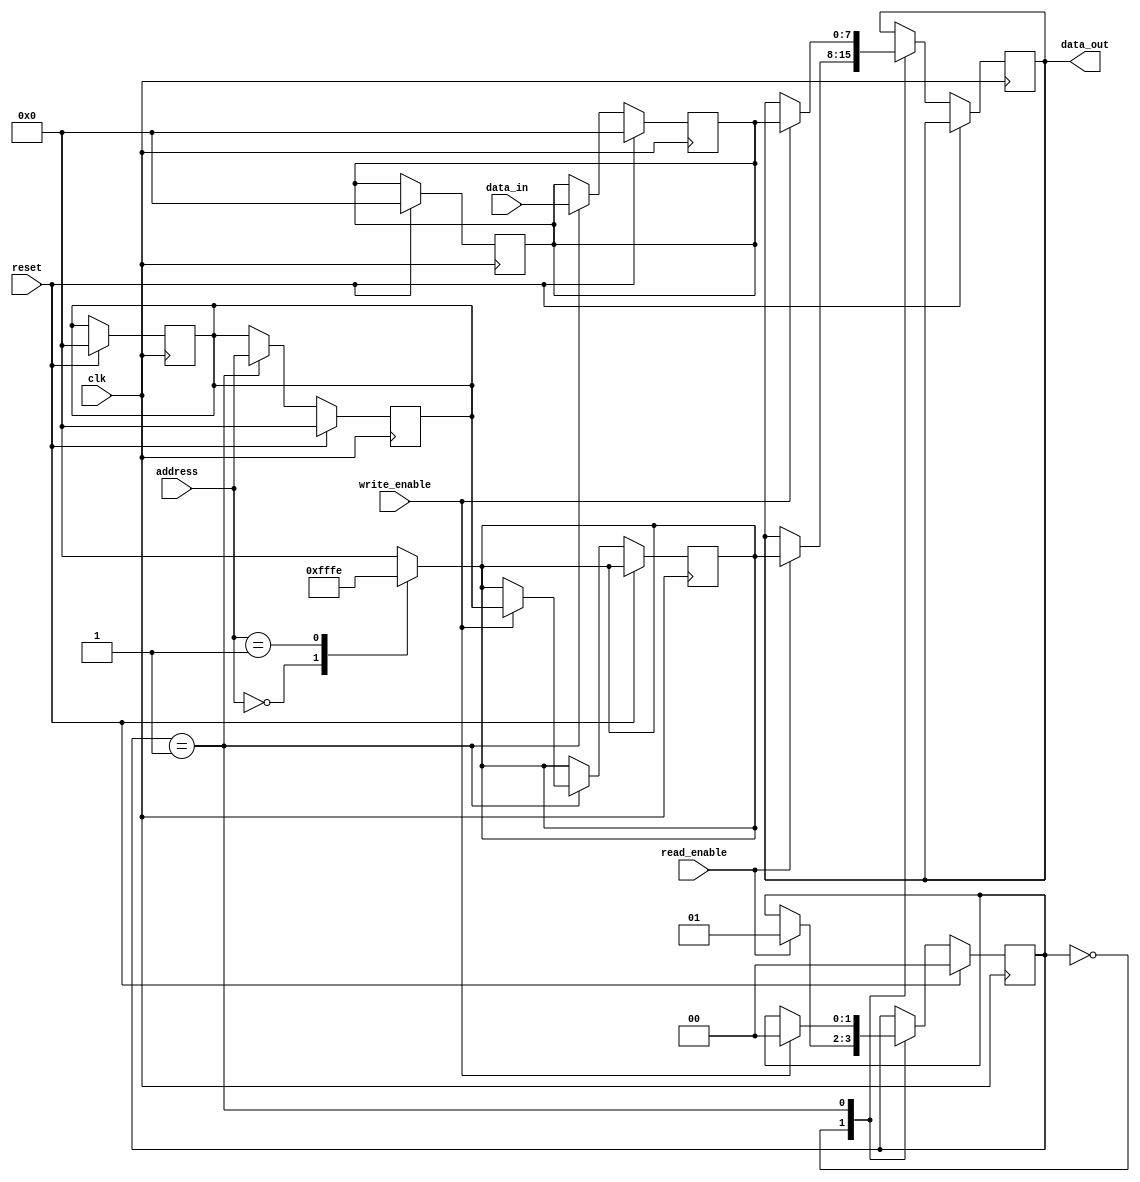
module DRAM(
    input wire clk,
    input wire reset,
    input wire read_enable,
    input wire write_enable,
    input wire [7:0] address,
    input wire [7:0] data_in,
    output reg [7:0] data_out
);

// State Definitions
parameter READ = 2'b00;
parameter WRITE = 2'b01;

// Registers
reg [7:0] address_reg;
reg [7:0] data_reg;
reg [1:0] state;

// Decoder for Memory Location
reg [7:0] memory_location;
always @*begin
    case (address)
        8'h00: memory_location = 8'hFF;
        8'h01: memory_location = 8'hFE;
        // Add more cases for other memory locations based on decoder mapping
        default: memory_location = 8'h00; // Default to 0 for undefined addresses
    endcase
end

// Finite State Machine
always @(posedge clk)begin
    if(reset)begin
        state <= READ;
        address_reg <= 8'h00;
        data_reg <= 8'h00;
    end
    else begin
        case(state)
            READ:begin
                if(read_enable)begin
                    data_out <= memory_location;
                    state <= WRITE;
                end
            end
            WRITE:begin
                if(write_enable)begin
                    memory_location <= address_reg;
                    state <= READ;
                    data_out <= data_reg;
                end
            end
        endcase
    end
end

// Data and Address Registers
always @(posedge clk)begin
    if(reset)begin
        address_reg <= 8'h00;
        data_reg <= 8'h00;
    end
    else begin
        if(state == WRITE)begin
            address_reg <= address;
            data_reg <= data_in;
        end
    end
end

endmodule